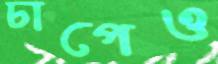
চাপেও